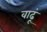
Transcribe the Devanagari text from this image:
वाढूं